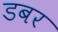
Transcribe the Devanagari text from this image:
डबर